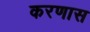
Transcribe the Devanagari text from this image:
करणास